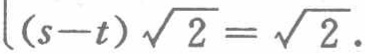
\((s - t)\sqrt{2}=\sqrt{2}\)